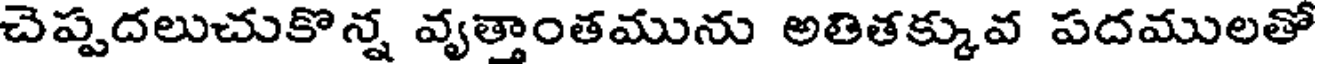
చెప్పదలుచుకొన్న వృత్తాంతమును అతితక్కువ పదములతో